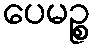
ပေမဉ္စ